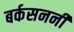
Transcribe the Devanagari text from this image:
बर्कसननी